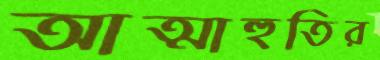
আত্মাহুতির